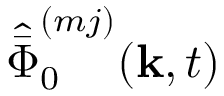
\hat { \bar { \Phi } } _ { 0 } ^ { ( m j ) } ( \mathbf { k } , t )